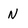
Character: N